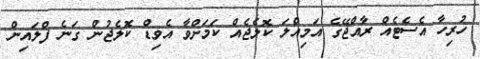
ހުރިހާ އެސެޓެއް ރާއްޖޭގެ އަމިއްލަ ކޮލެޖެއް ކަމަށްވާ އެވިޑް ކޮލެޖުން ގަނެ ފްލައިން